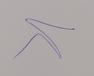
Signature authenticity: genuine